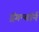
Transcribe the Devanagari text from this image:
ड्रॅगन्बॉर्न